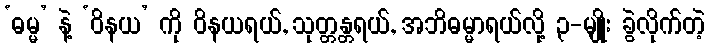
‘ဓမ္မ’ နဲ့ ‘ဝိနယ’ ကို ဝိနယရယ်, သုတ္တန္တရယ်, အဘိဓမ္မာရယ်လို့ ၃-မျိုး ခွဲလိုက်တဲ့